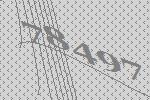
78497